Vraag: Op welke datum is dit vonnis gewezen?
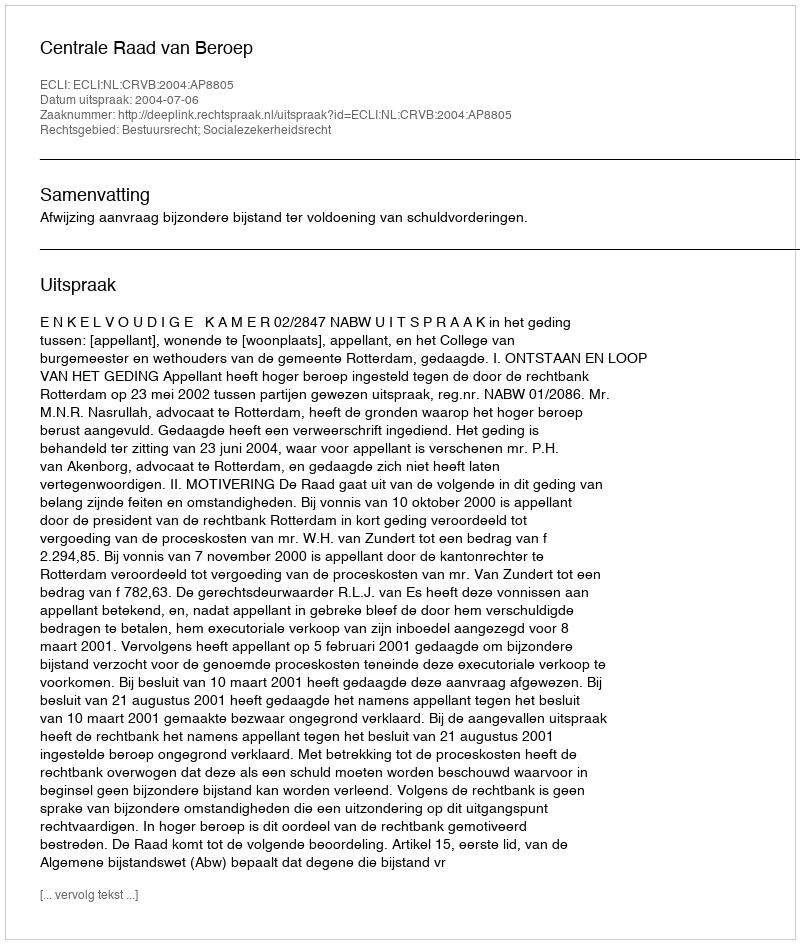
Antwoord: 2004-07-06